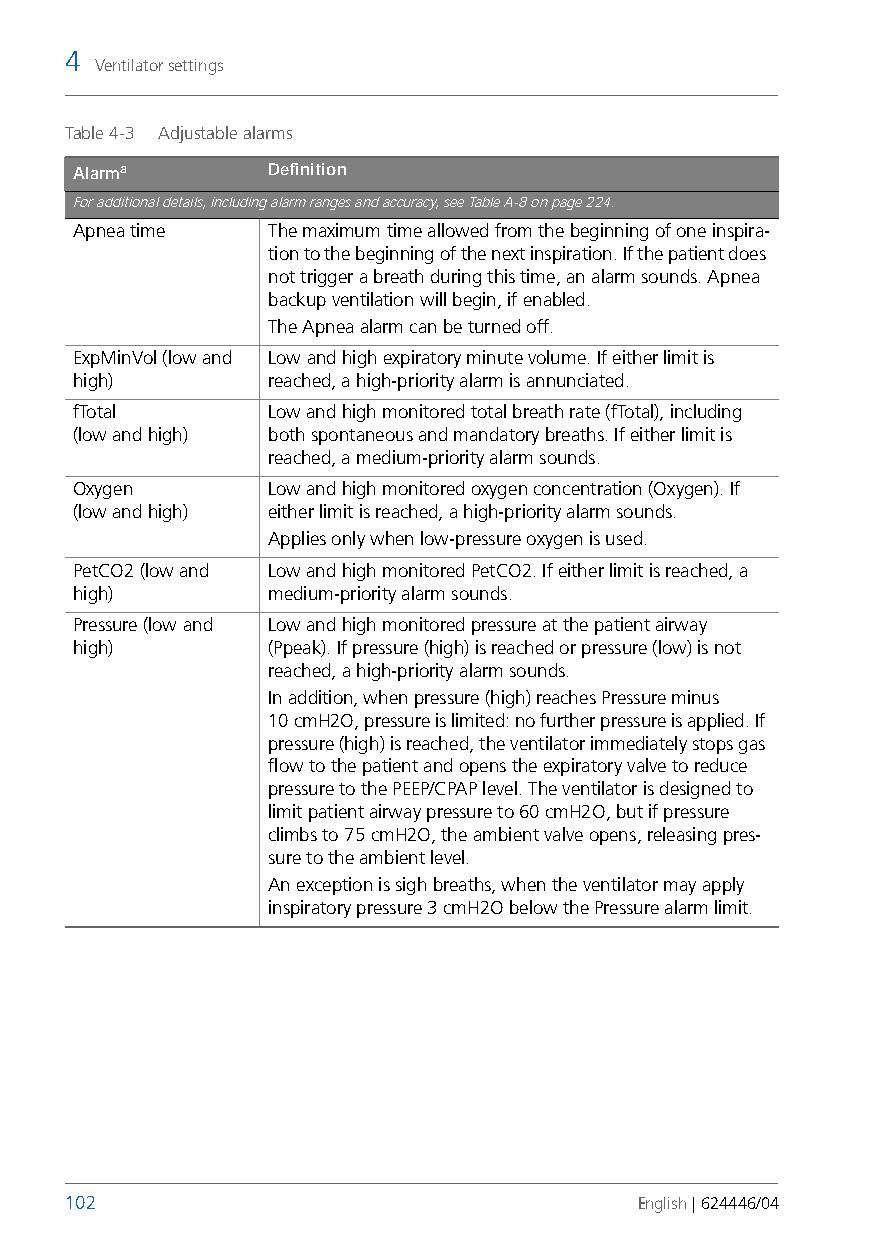
4
 Ventilator settings
 Table 4-3 Adjustable alarms
 Alarma       Definition
 For additional details, including alarm ranges and accuracy, see Table A-8 on page224.
 Apnea time   The maximum time allowed from the beginning of one inspira-
 tion to the beginning of the next inspiration. If the patient does
 not trigger a breath during this time, an alarm sounds. Apnea
 backup ventilation will begin, if enabled.
 The Apnea alarm can be turned off.
 ExpMinVol (low and Low and high expiratory minute volume. If either limit is
 high)        reached, ahigh-priority alarm is annunciated.
 fTotal       Low and high monitored total breath rate (fTotal), including
 (low and high) both spontaneous and mandatory breaths. If either limit is
 reached, amedium-priority alarm sounds.
 Oxygen       Low and high monitored oxygen concentration (Oxygen). If
 (low and high) either limit is reached, a high-priority alarm sounds.
 Applies only when low-pressure oxygen is used.
 PetCO2 (low and Low and high monitored PetCO2. Ifeither limit is reached, a
 high)        medium-priority alarm sounds.
 Pressure (low and Low and high monitored pressure at the patient airway
 high)        (Ppeak). If pressure (high) is reached or pressure (low) is not
 reached, a high-priorityalarm sounds.
 In addition, when pressure (high) reaches Pressure minus
 10cmH2O, pressure is limited: no further pressure is applied. If
 pressure (high) is reached, the ventilator immediately stops gas
 flow to the patient and opens the expiratory valve to reduce
 pressure to the PEEP/CPAP level. The ventilator is designed to
 limit patient airway pressure to 60cmH2O, but if pressure
 climbs to75cmH2O, the ambient valve opens, releasing pres-
 sure to the ambient level.
 An exception is sigh breaths, when the ventilator may apply
 inspiratory pressure 3cmH2O below the Pressure alarm limit.
 102                                   English | 624446/04